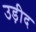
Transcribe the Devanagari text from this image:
उड़ीद